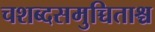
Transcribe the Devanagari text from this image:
चशब्दसमुच्चिताश्च